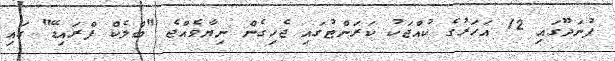
ފުނަދޫގައި 12 އަހަރުގެ ކުއްޖަކު ކަރަންޓުގައި ޖެހިގެން ނިޔާވެއްޖެ "ބްލެކް ފްރައިޑޭ" ގައި